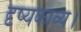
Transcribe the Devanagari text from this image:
दृष्यकाव्य।